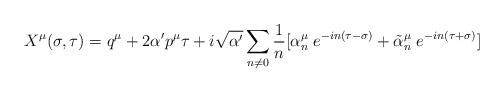
LaTeX: \begin{align*} X^{\mu}(\sigma,\tau)=q^{\mu}+2\alpha'p^{\mu}\tau +i\sqrt{\alpha'}\sum_{n\neq 0}\frac{1}{n}[\alpha^{\mu}_{n}\;e^{-in(\tau-\sigma)} +\tilde{\alpha}^{\mu}_{n}\;e^{-in(\tau+\sigma)}]\end{align*}